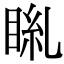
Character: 𥆎